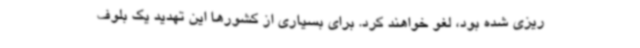
ریزی شده بود، لغو خواهند کرد. برای بسیاری از کشورها این تهدید یک بلوف